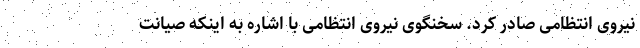
نیروی انتظامی صادر کرد. سخنگوی نیروی انتظامی با اشاره به اینکه صیانت